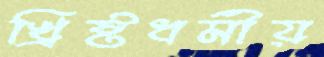
খ্রিষ্টধর্মীয়